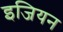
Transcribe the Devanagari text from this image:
इजियन